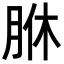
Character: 䏫